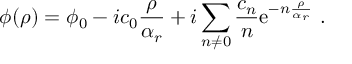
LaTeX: \phi ( \rho ) = \phi _ { 0 } - i c _ { 0 } { \frac { \rho } { \alpha _ { r } } } + i \sum _ { n \neq 0 } \frac { c _ { n } } { n } \mathrm { e } ^ { - n { \frac { \rho } { \alpha _ { r } } } } \ .